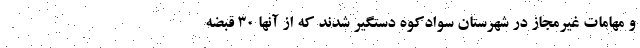
و مهامات غیرمجاز در شهرستان سوادکوه دستگیر شدند که از آنها ۳۰ قبضه